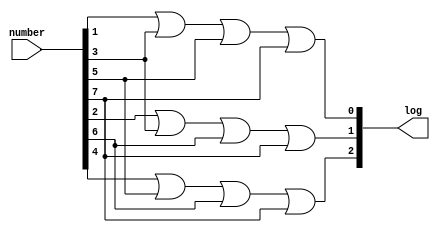
module log2
(
	input [7:0] number,
	output [2:0] log
);

assign log[0] = number[1] | number[3] | number[5] | number[7];
assign log[1] = number[2] | number[3] | number[6] | number[7];
assign log[2] = number[4] | number[5] | number[6] | number[7];

endmodule